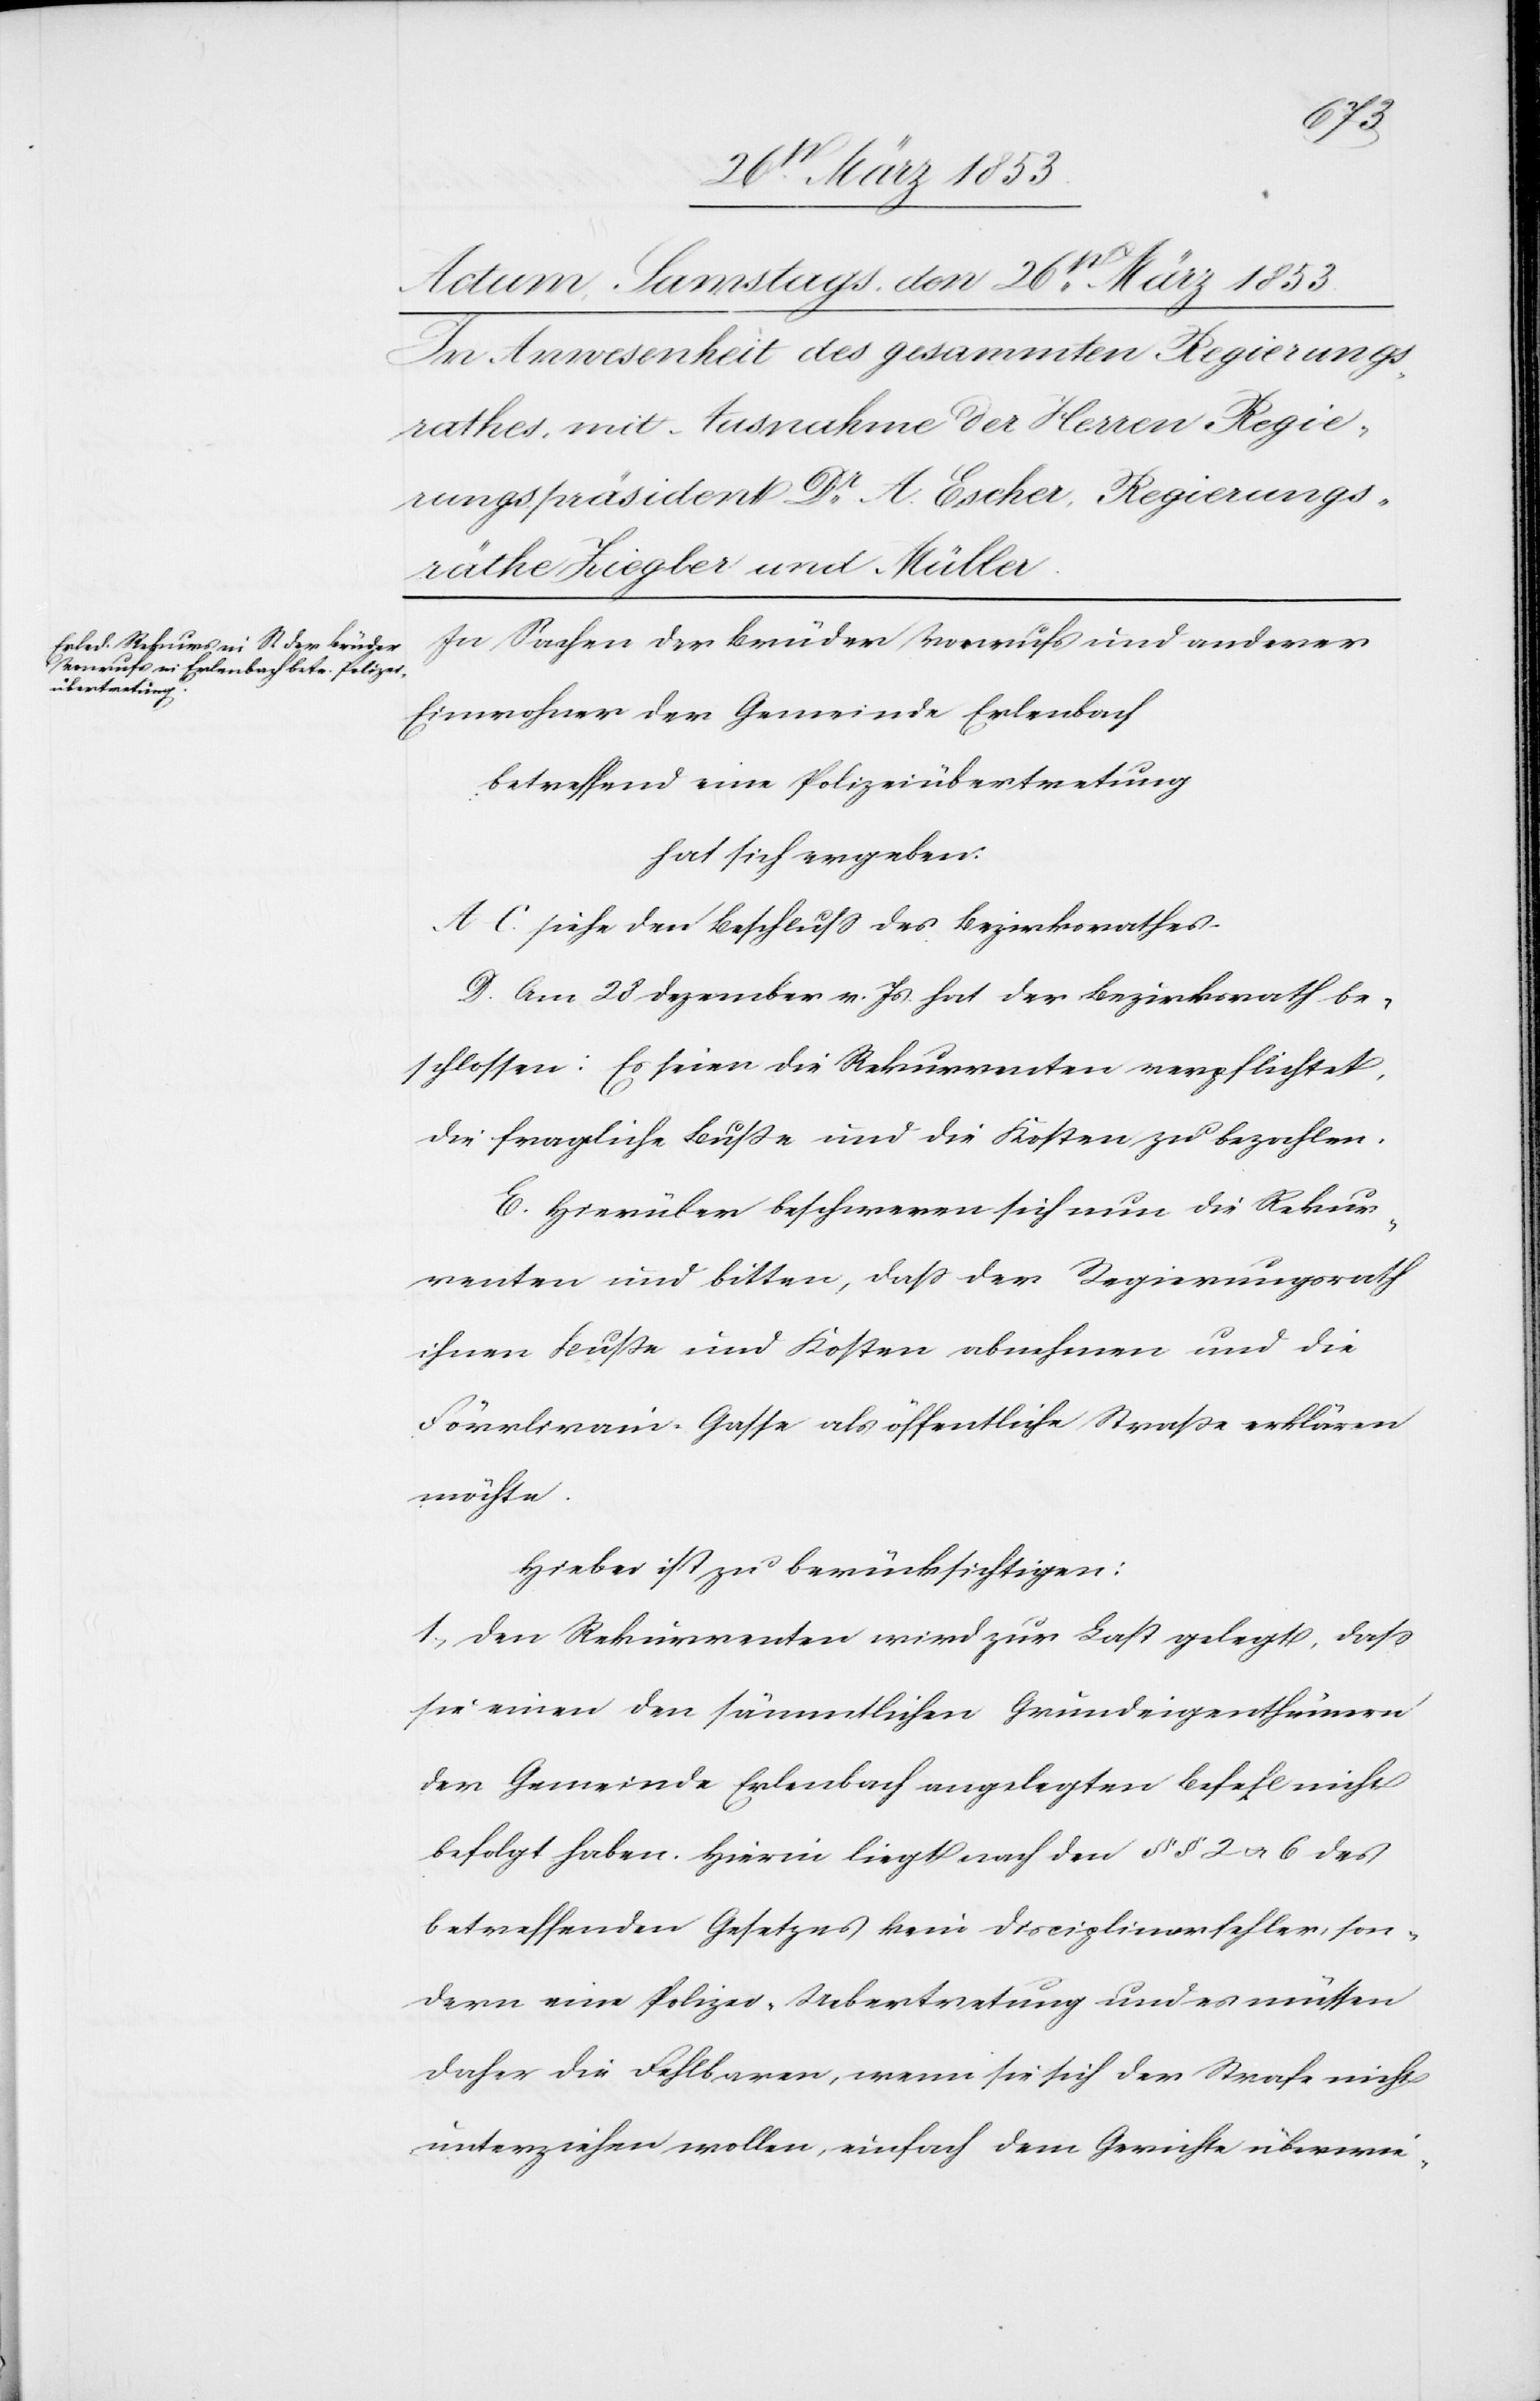
In Sachen der Brüder Vonrufs und anderer
Einwohner der Gemeinde Erlenbach
betreffend eine Polizeiübertretung
hat sich ergeben:
A–C. siehe den Beschluß des Bezirksrathes.
D. Am 28 Dezember v. Js. hat der Bezirksrath be¬
schlossen: Es seien die Rekurrenten verpflichtet,
die fragliche Buße und die Kosten zu bezahlen.
E. Hierüber beschweren sich nun die Rekur¬
renten und bitten, daß der Regierungsrath
ihnen Buße und Kosten abnehmen und die
Förrlirain-Gasse als öffentliche Straße erklären
möchte.
Hiebei ist zu berücksichtigen:
1, Den Rekurrenten wird zur Last gelegt, daß
sie einen den sämmtlichen Grundeigenthümern
der Gemeinde Erlenbach angelegten Befehl nicht
befolgt haben. Hierin liegt nach den §§ 2 u. 6 des
betreffenden Gesetzes kein Disciplinarfehler, son¬
dern eine Polizei-Uebertretung und es müssen
daher die Fehlbaren, wenn sie sich der Strafe nicht
unterziehen wollen, einfach dem Gerichte überwie-